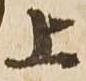
上